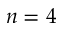
n = 4